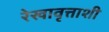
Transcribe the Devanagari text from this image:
रेखावृत्ताशी